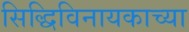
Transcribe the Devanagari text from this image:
सिद्धिविनायकाच्या